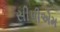
સીપીએમ